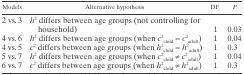
<table><thead><tr><td><b>Models</b></td><td><b>Alternative hypothesis</b></td><td><b>DF</b></td><td><b><i>P</i></b></td></tr></thead><tbody><tr><td>2 vs. 3</td><td><i>h</i>2 differs between age groups (not controlling for household)</td><td>1</td><td>0.03</td></tr><tr><td>4 vs. 6</td><td><i>h</i>2 differs between age groups (when <i>c</i>2<sub>child</sub> = <i>c</i>2<sub>adult</sub>)</td><td>1</td><td>0.04</td></tr><tr><td>4 vs. 5</td><td><i>c</i>2 differs between age groups (when <i>h</i>2<sub>child</sub> = <i>h</i>2<sub>adult</sub>)</td><td>1</td><td>0.3</td></tr><tr><td>5 vs. 7</td><td><i>h</i>2 differs between age groups (when <i>c</i>2<sub>child</sub> 1 <i>c</i>2<sub>adult</sub>)</td><td>1</td><td>0.04</td></tr><tr><td>6 vs. 7</td><td><i>c</i>2 differs between age groups (when <i>h</i>2<sub>child</sub> 1 <i>h</i>2<sub>adult</sub>)</td><td>1</td><td>0.3</td></tr></tbody></table>